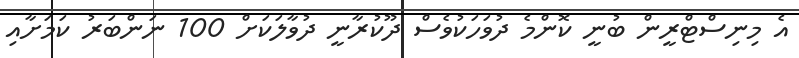
އެ މިނިސްޓްރީން ބުނީ ކޮންމެ ދުވަހަކުވެސް ދޫކުރާނީ ދުވާލަކަށް 100 ނަންބަރު ކަމަށާއި